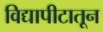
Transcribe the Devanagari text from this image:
विद्यापीटातून